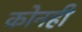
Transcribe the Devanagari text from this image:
कोनही